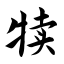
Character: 犊